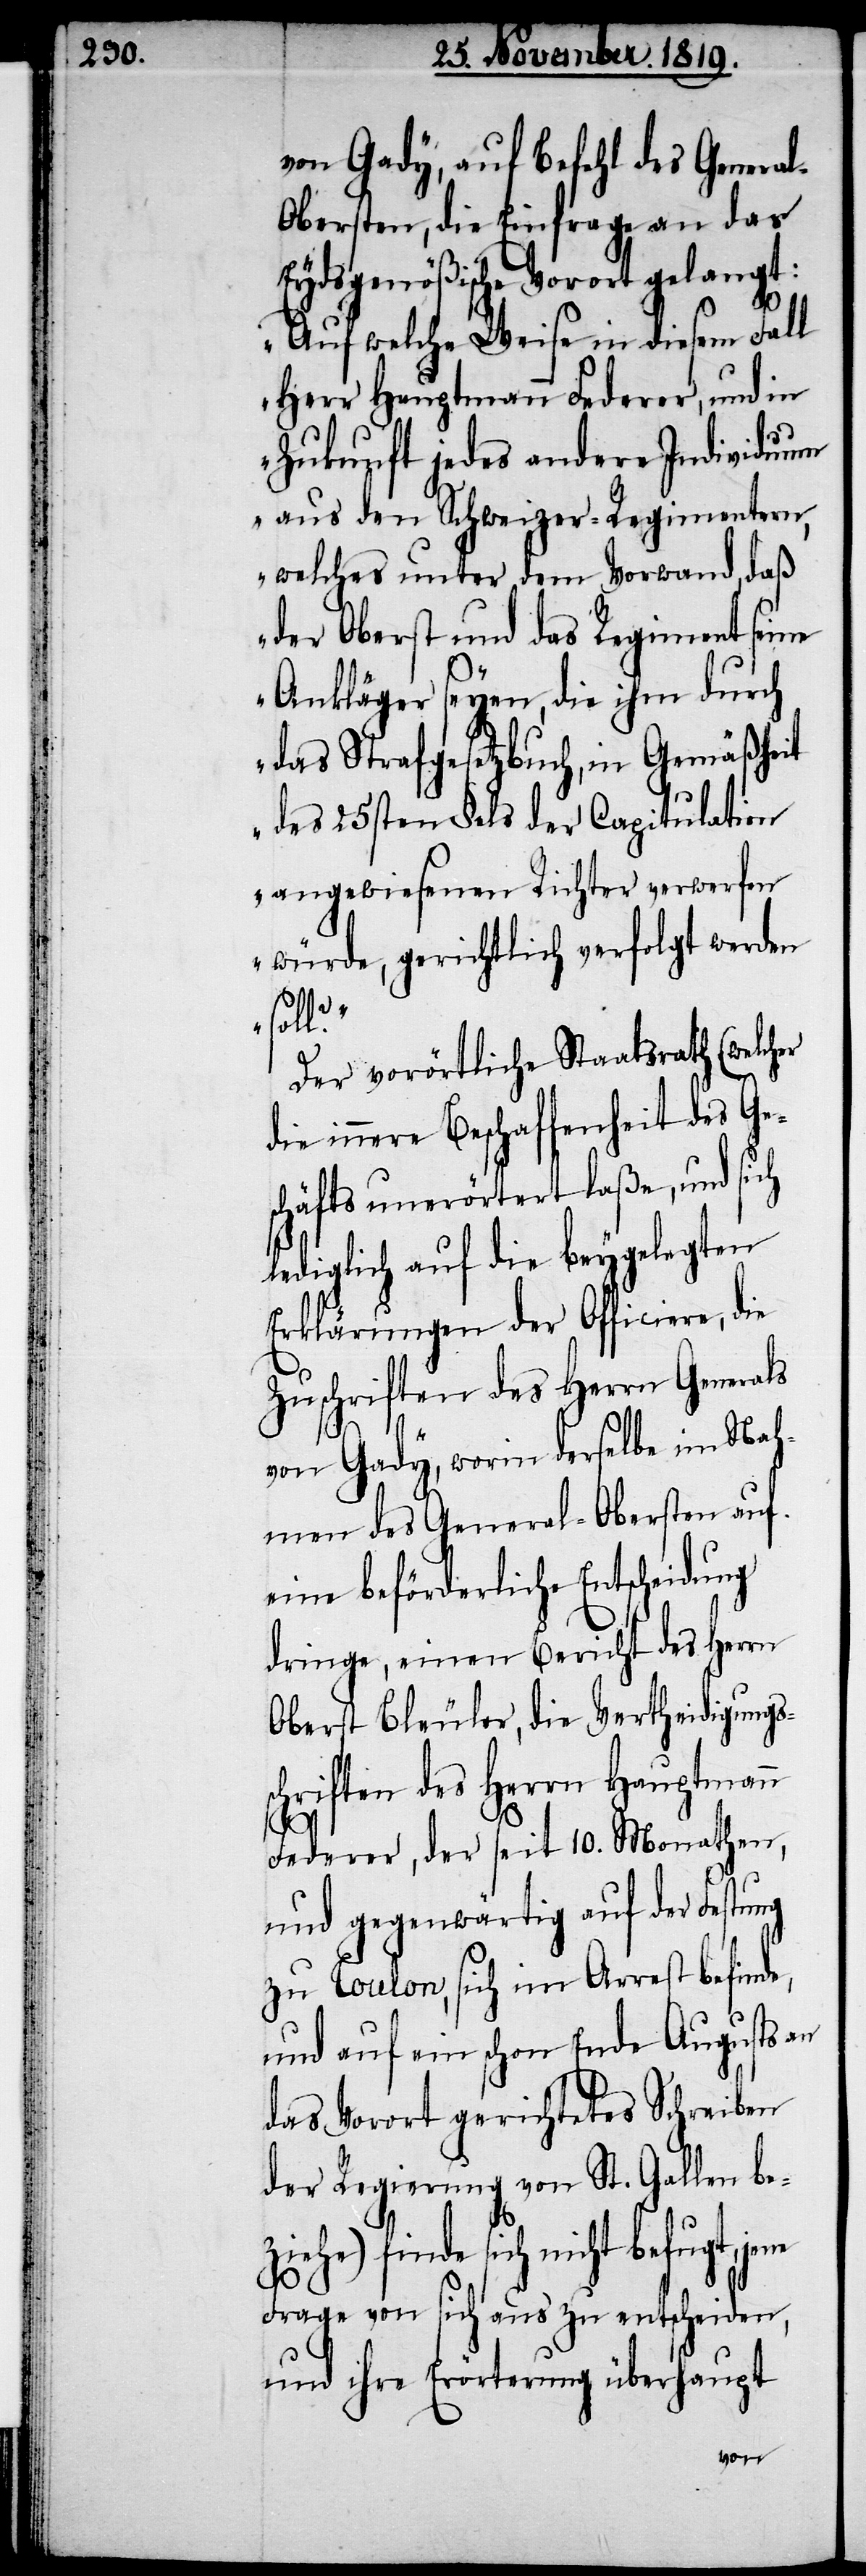
von Gady, auf Befehl des Genera¬
bersten, die Einfrage an das
Eydsgenößische Vorort gelangt:
„Auf welche Weise in diesem Fall
Herr Hauptmann Federer, und in
Zukunft jedes andere Individuum
aus den Schweizer-Regimentern,
welches unter dem Vorwand, daß
der Oberst und das Regiment seine
Ankläger seyen, die ihm durch
das Strafgesetzbuch, in Gemäßheit
des 25sten §es der Capitulation
angewiesenen Richter verwerfen
würde, gerichtlich verfolgt werden
Der vorörtliche Staatsrath (welcher
die innere Beschaffenheit des Ge¬
schäfts unerörtert laße, und sich
lediglich auf die beygelegten
Erklärungen der Officiere, die
Zuschriften des Herrn Generals
l-O¬
von Gady, worin derselbe im Nah¬
men des General-Obersten auf
eine beförderliche Entscheidung
dringe, einen Bericht des Herrn
Bleuler, der seit 10. Monathen,
und gegenwärtig auf der Festung
zu Toulon, sich im Arrest befinde,
und auf ein schon Ende Augusts an
das Vorort gerichtetes Schreiben
der Regensperg von St. Gallen be¬
ziehe) finde sich nicht befugt, jene
Frage von sich aus zu entscheiden,
und ihre Erörterung überhaupt